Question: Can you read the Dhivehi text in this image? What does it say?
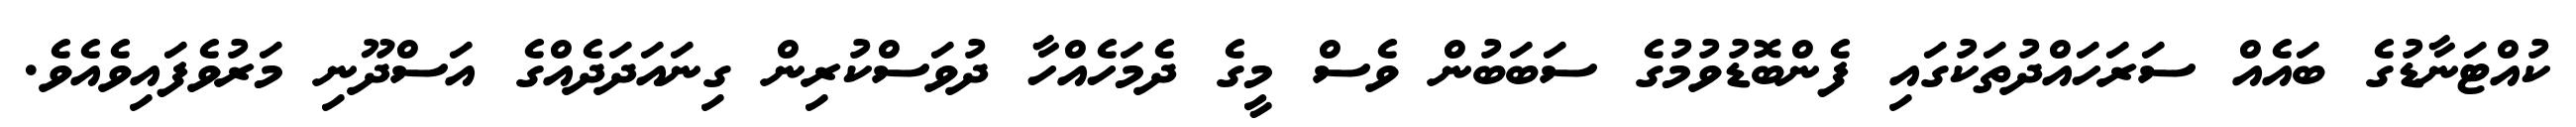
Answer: ކުއްޓަނާޑުގެ ބައެއް ސަރަހައްދުތަކުގައި ފެންބޮޑުވުމުގެ ސަބަބުން ވެސް މީގެ ދެމަހެއްހާ ދުވަސްކުރިން ގިނައަދަދެއްގެ އަސްދޫނި މަރުވެފައިވެއެވެ.